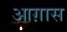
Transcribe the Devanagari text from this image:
आग़ास